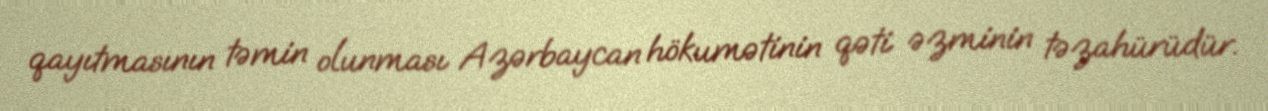
qayıtmasının təmin olunması Azərbaycan hökumətinin qəti əzminin təzahürüdür.